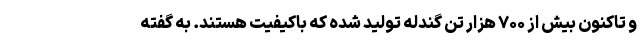
و تاکنون بیش از ۷۰۰ هزار تن گندله تولید شده که باکیفیت هستند. به گفته